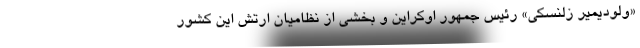
«ولودیمیر زلنسکی» رئیس جمهور اوکراین و بخشی از نظامیان ارتش این کشور